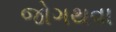
જોગથવા